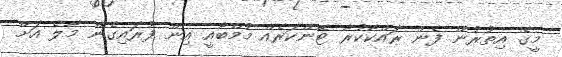
މީގެ އިތުރުން ފެން ރައްކާކުރާ ޓޭންކަރެއް މުމްބާއީ އިން ފުރައިގެން މާލެ އަށް